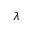
\lambda